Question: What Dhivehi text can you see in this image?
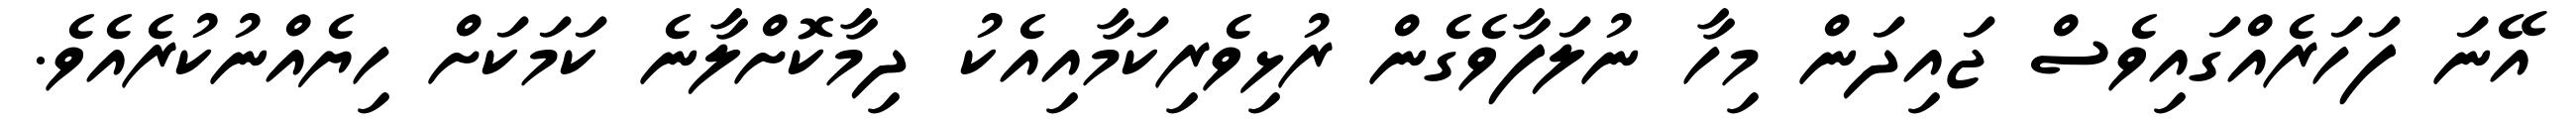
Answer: އޭނަ ފަހަރެއްގައިވެސް ޖައިދަން މިހާ ނުލަފާވެގެން ރުޅިވެރިކަމާއިއެކު ދިމާކޮށްލާނެ ކަމަކަށް ހިޔެއްނުކުރެއެވެ.